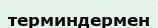
терминдермен